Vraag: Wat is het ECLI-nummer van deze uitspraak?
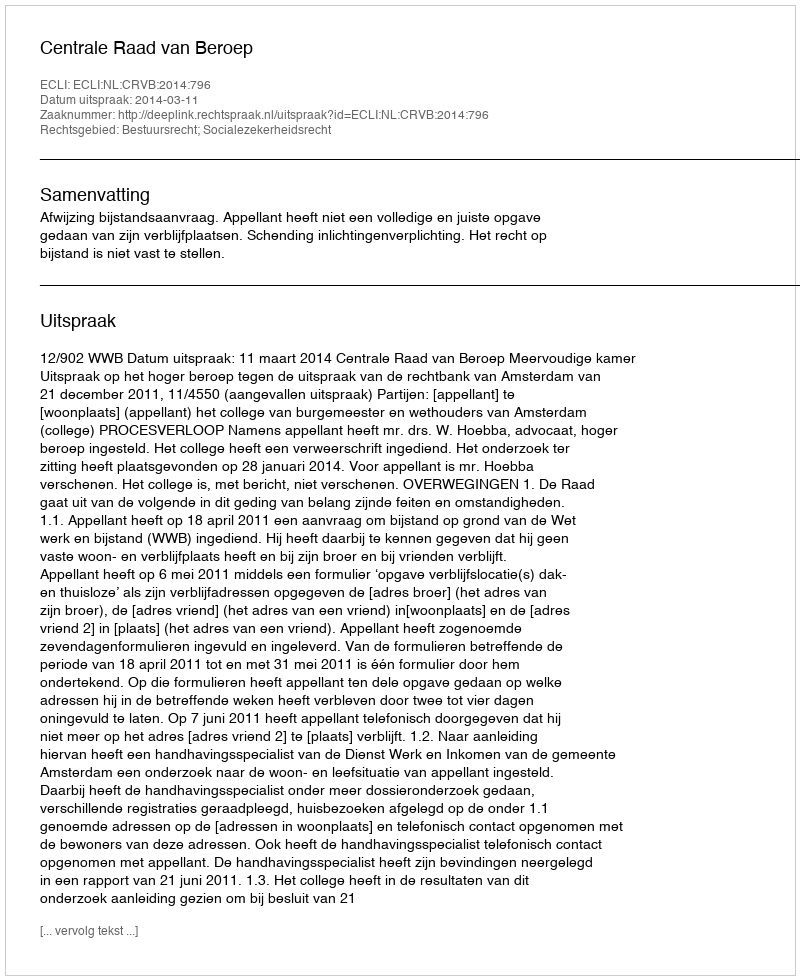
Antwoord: ECLI:NL:CRVB:2014:796